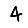
Digit: 4